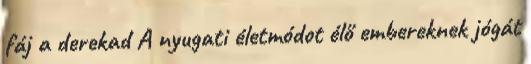
fáj a derekad A nyugati életmódot élő embereknek jógát